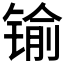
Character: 𨱎